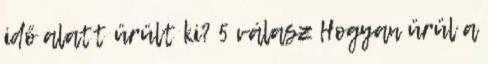
idő alatt ürült ki? 5 válasz Hogyan ürül a